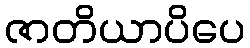
ဇာတိယာပိပေ